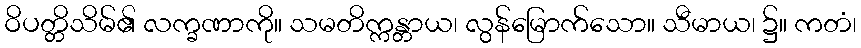
ဝိပတ္တိသိမ်၏ လက္ခဏာကို။ သမတိက္ကန္တာယ၊ လွန်မြောက်သော။ သီမာယ၊ ၌။ ကတံ၊